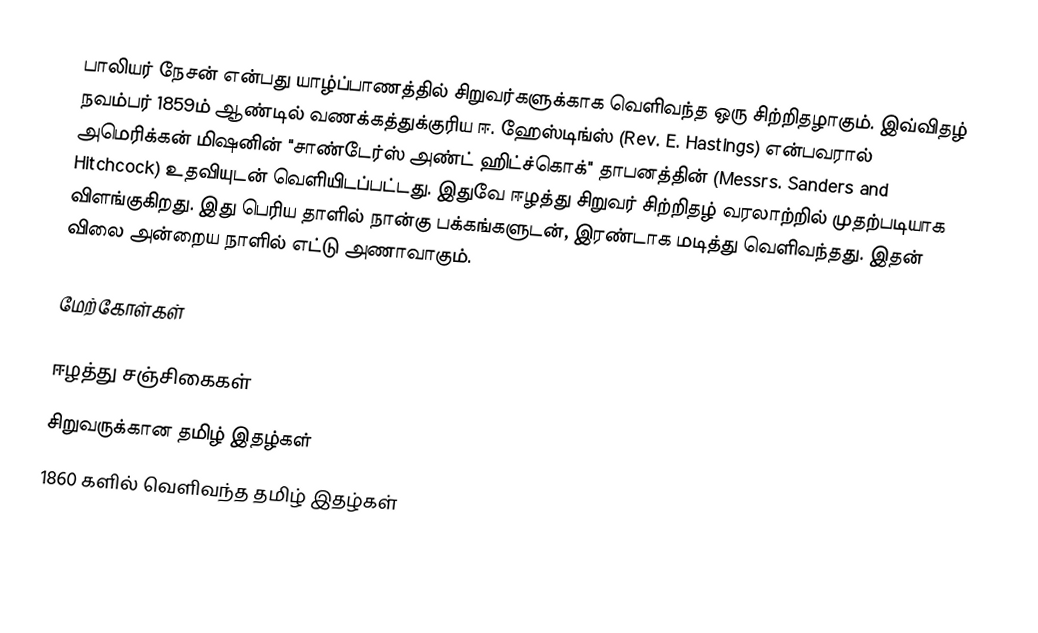
பாலியர் நேசன் என்பது யாழ்ப்பாணத்தில் சிறுவர்களுக்காக வெளிவந்த ஒரு சிற்றிதழாகும். இவ்விதழ் நவம்பர் 1859ம் ஆண்டில் வணக்கத்துக்குரிய ஈ. ஹேஸ்டிங்ஸ் (Rev. E. Hastings) என்பவரால் அமெரிக்கன் மிஷனின் "சாண்டேர்ஸ் அண்ட் ஹிட்ச்கொக்" தாபனத்தின் (Messrs. Sanders and Hitchcock) உதவியுடன் வெளியிடப்பட்டது. இதுவே ஈழத்து சிறுவர் சிற்றிதழ் வரலாற்றில் முதற்படியாக விளங்குகிறது. இது பெரிய தாளில் நான்கு பக்கங்களுடன், இரண்டாக மடித்து வெளிவந்தது. இதன் விலை அன்றைய நாளில் எட்டு அணாவாகும்.

மேற்கோள்கள்

ஈழத்து சஞ்சிகைகள்
சிறுவருக்கான தமிழ் இதழ்கள்
1860 களில் வெளிவந்த தமிழ் இதழ்கள்